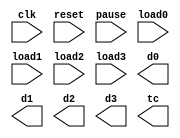
`timescale 1ns / 1ps

module down_counter(
    input clk,
    input reset,
    input pause, 
    input [3:0] load0,
    input [3:0] load1,
    input [3:0] load2,
    input [3:0] load3,
    output reg[3:0] d0, d1, d2, d3,
    output tc
    );
    
    
endmodule